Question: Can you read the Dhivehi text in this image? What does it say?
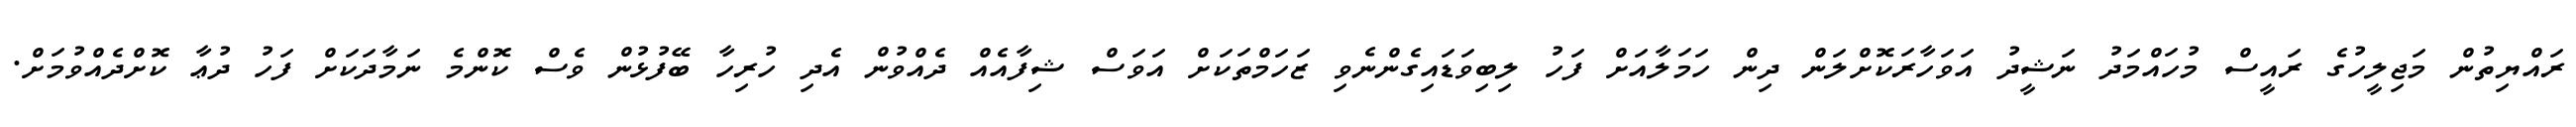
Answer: ރައްޔިތުން މަޖިލީހުގެ ރައީސް މުހައްމަދު ނަޝީދު އަވަހާރަކޮށްލަން ދިން ހަމަލާއަށް ފަހު ލިބިވަޑައިގެންނެވި ޒަހަމްތަކަށް އަވަސް ޝިފާއެއް ދެއްވުން އެދި ހުރިހާ ބޭފުޅުން ވެސް ކޮންމެ ނަމާދަކަށް ފަހު ދުޢާ ކޮށްދެއްވުމަށް.